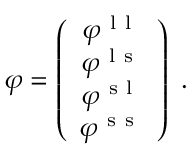
\begin{array} { r } { \boldsymbol { \varphi } = \left( \begin{array} { c } { \varphi ^ { \mathrm { ~ l ~ l ~ } } } \\ { \varphi ^ { \mathrm { ~ l ~ s ~ } } } \\ { \varphi ^ { \mathrm { ~ s ~ l ~ } } } \\ { \varphi ^ { \mathrm { ~ s ~ s ~ } } } \end{array} \right) \; . } \end{array}